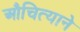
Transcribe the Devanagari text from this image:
औचित्याने